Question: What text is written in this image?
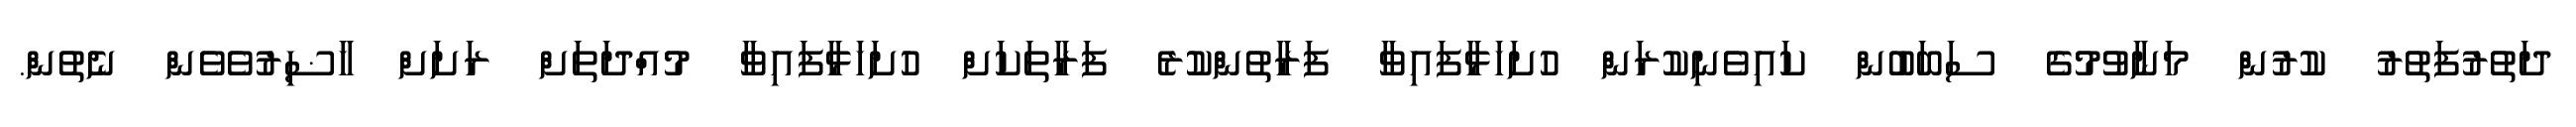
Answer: ދަތުރުފަތުރު ކުރުން މަނާވުމުގެ ސަބަބުން ކައިވެނިކުރަން ހުށަހަޅާފައިވާ ފަރާތުންކުރެ ފަރާތަކަށް ހުށަހަޅާފައިވާ މުއްދަތަށް ރަށަށް ހާޟިރުވެވެން ނެތުން.